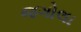
જગોલા